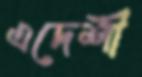
এদেশী